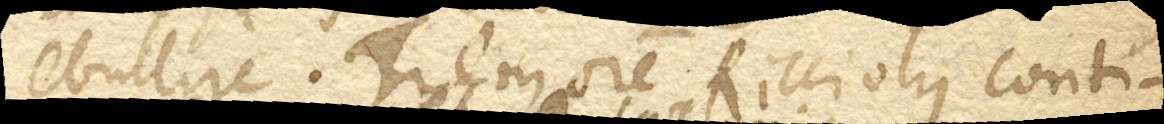
ebullire. Tremorem Ricciolus conti-